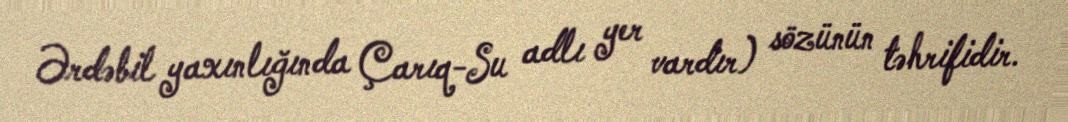
Ərdəbil yaxınlığında Çarıq-Su adlı yer vardır) sözünün təhrifidir.